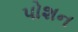
પોશન